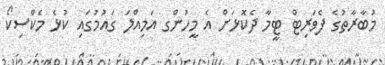
މުބާރާތުގެ ފެވަރިޓް ޓީމާ ދެކޮޅަށް އެ މީހުންގ އަމިއްލަ ގައުމުގައި ކުޅެ މެކްސިކޯ